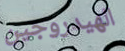
الهيدروجين